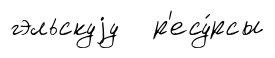
гэльскуjу р'есу́рсы